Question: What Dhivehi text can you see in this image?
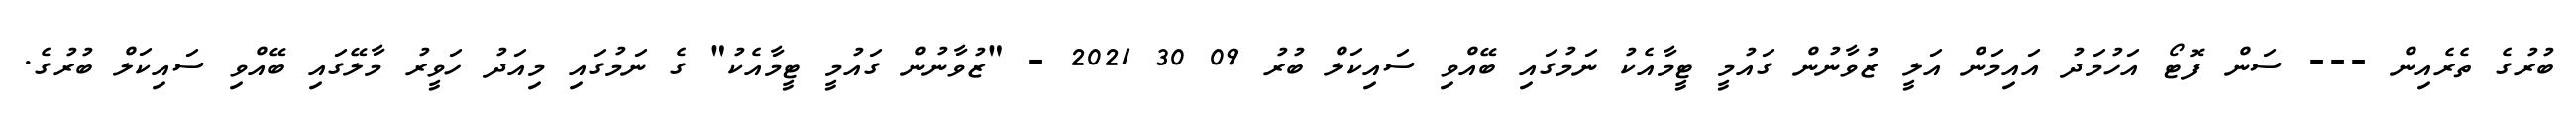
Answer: ބުރުގެ ތެރެއިން --- ސަން ފޮޓޯ އަހުމަދު އައިމަން އަލީ ޒުވާނުން ގައުމީ ޓީމާއެކު ނަމުގައި ބޭއްވި ސައިކަލް ބުރު 09 30 2021 - "ޒުވާނުން ގައުމީ ޓީމާއެކު" ގެ ނަމުގައި މިއަދު ހަވީރު މާލޭގައި ބޭއްވި ސައިކަލް ބުރުގެ.